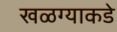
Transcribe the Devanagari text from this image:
खळग्याकडे